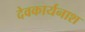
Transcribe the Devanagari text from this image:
देवकार्यनाश